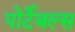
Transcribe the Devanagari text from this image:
पोर्टेबल्स